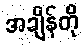
အချိန်တို